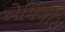
એમિગોસ